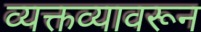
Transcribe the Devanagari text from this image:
व्यक्तव्यावरून